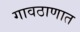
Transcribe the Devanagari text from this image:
गावठाणात